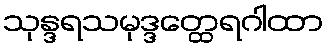
သုန္ဒရသမုဒ္ဒတ္ထေရဂါထာ